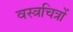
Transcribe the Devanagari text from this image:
वस्त्रचित्रों